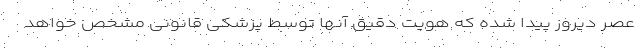
عصر دیروز پیدا شده که هویت دقیق آنها توسط پزشکی قانونی مشخص خواهد